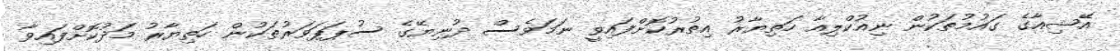
އޭޝިއާގެ ގައުމުތަކުން ނިއުކްލިއާ ހަތިޔާރު އިތުރުކޮށްފައިވީ ނަމަވެސް ދުނިޔޭގެ ސުޕަޕަވަރުތަކުން ހަތިޔާރު މަދުކޮށްފައިވާ